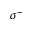
\sigma ^ { - }